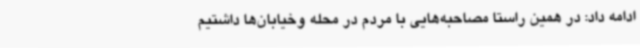
ادامه داد: در همین راستا مصاحبه‌هایی با مردم در محله وخیابان‌ها داشتیم